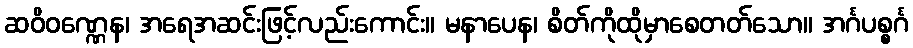
ဆဝိဝဏ္ဏေန၊ အရေအဆင်းဖြင့်လည်းကောင်း။ မနာပေန၊ စိတ်ကိုထိုမှာစေတတ်သော။ အင်္ဂပစ္စင်္ဂ